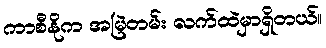
ကာစီနိုက အမြဲတမ်း လက်ထဲမှာရှိတယ်။